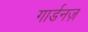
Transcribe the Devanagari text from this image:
गार्डनज़